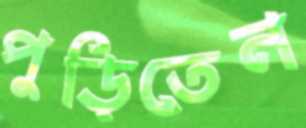
পুড়িতেন